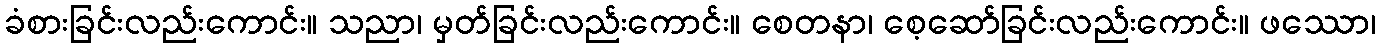
ခံစားခြင်းလည်းကောင်း။ သညာ၊ မှတ်ခြင်းလည်းကောင်း။ စေတနာ၊ စေ့ဆော်ခြင်းလည်းကောင်း။ ဖဿော၊